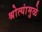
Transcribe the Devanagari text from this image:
श्रोत्यांमुळे